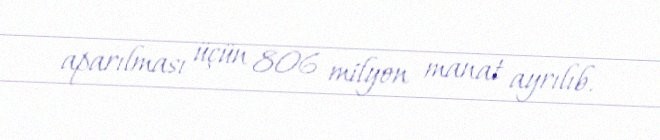
aparılması üçün 806 milyon manat ayrılıb.